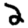
Digit: 2